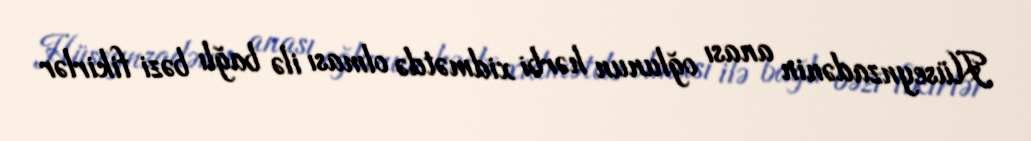
Hüseynzadənin anası oğlunun hərbi xidmətdə olması ilə bağlı bəzi fikirlər